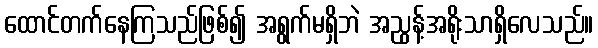
ထောင်တက်နေကြသည်ဖြစ်၍ အရွက်မရှိဘဲ အညွန့်အရိုးသာရှိလေသည်။